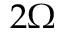
2 \Omega